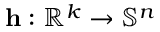
\mathbf { h } : \mathbb { R } ^ { k } \rightarrow \mathbb { S } ^ { n }